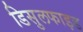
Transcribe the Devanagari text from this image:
डिसुलफाइड